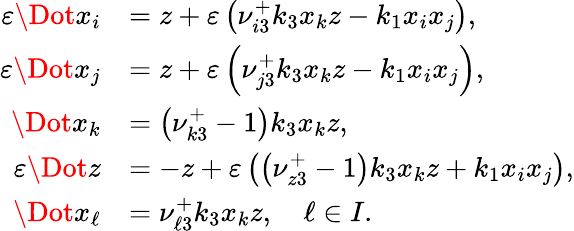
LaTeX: \begin{array}{rl}{\varepsilon\Dot{x_{i}}}&{=z+\varepsilon\left(\nu_{i3}^{+}k_{3}x_{k}z-k_{1}x_{i}x_{j}\right),}\\ {\varepsilon\Dot{x_{j}}}&{=z+\varepsilon\left(\nu_{j3}^{+}k_{3}x_{k}z-k_{1}x_{i}x_{j}\right),}\\ {\Dot{x_{k}}}&{=\left(\nu_{k3}^{+}-1\right)k_{3}x_{k}z,}\\ {\varepsilon\Dot{z}}&{=-z+\varepsilon\left(\left(\nu_{z3}^{+}-1\right)k_{3}x_{k}z+k_{1}x_{i}x_{j}\right),}\\ {\Dot{x_{\ell}}}&{=\nu_{\ell 3}^{+}k_{3}x_{k}z,\quad\ell\in I.}\end{array}